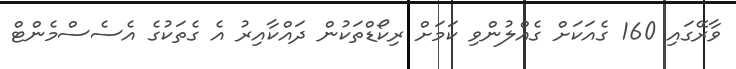
ވާރޭގައި 160 ގެއަކަށް ގެއްލުންވި ކަމަށް ރިކޯޑްތަކުން ދައްކާއިރު އެ ގެތަކުގެ އެސެސްމެންޓް